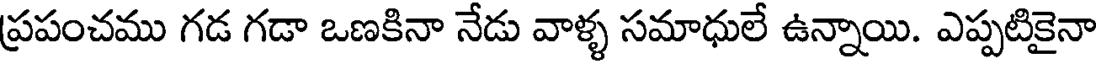
ప్రపంచము గడ గడా ఒణకినా నేడు వాళ్ళ సమాధులే ఉన్నాయి. ఎప్పటికైనా